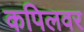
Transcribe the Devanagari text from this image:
कपिलवर